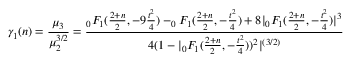
\gamma _ { 1 } ( n ) = { \frac { \mu _ { 3 } } { \mu _ { 2 } ^ { 3 / 2 } } } = { \frac { _ { 0 } F _ { 1 } ( { \frac { 2 + n } { 2 } } , - 9 { \frac { t ^ { 2 } } { 4 } } ) - _ { 0 } F _ { 1 } ( { \frac { 2 + n } { 2 } } , - { \frac { t ^ { 2 } } { 4 } } ) + 8 | _ { 0 } F _ { 1 } ( { \frac { 2 + n } { 2 } } , - { \frac { t ^ { 2 } } { 4 } } ) | ^ { 3 } } { 4 ( 1 - | _ { 0 } F _ { 1 } ( { \frac { 2 + n } { 2 } } , - { \frac { t ^ { 2 } } { 4 } } ) ) ^ { 2 } | ^ { ( 3 / 2 ) } } }